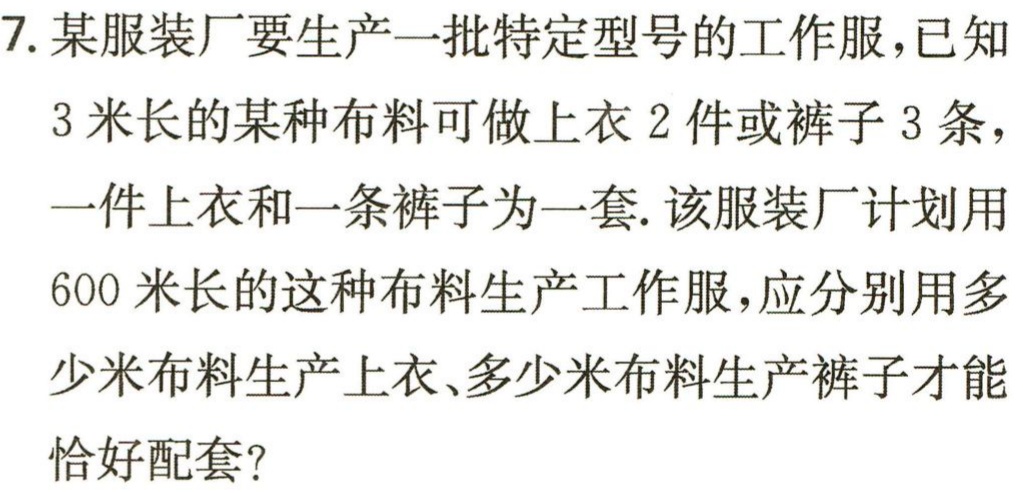
7. 某服装厂要生产一批特定型号的工作服，已知

3 米长的某种布料可做上衣 2 件或裤子 3 条，

一件上衣和一条裤子为一套. 该服装厂计划用

600 米长的这种布料生产工作服，应分别用多

少米布料生产上衣、多少米布料生产裤子才能

恰好配套？